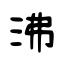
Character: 沸